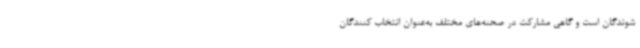
شوندگان است و گاهی مشارکت در صحنه‌های مختلف به‌عنوان انتخاب کنندگان